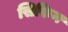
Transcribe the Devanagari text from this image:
सिफिन